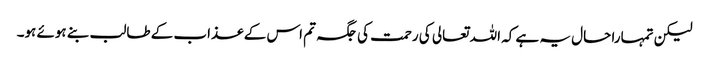
لیکن تمہارا حال یہ ہے کہ اللہ تعالی کی رحمت کی جگہ تم اس کے عذاب کے طالب بنے ہوئے ہو۔